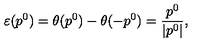
\varepsilon ( p ^ { 0 } ) = \theta ( p ^ { 0 } ) - \theta ( - p ^ { 0 } ) = \frac { p ^ { 0 } } { | p ^ { 0 } | } ,